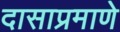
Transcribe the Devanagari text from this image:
दासाप्रमाणे